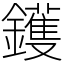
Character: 鑊